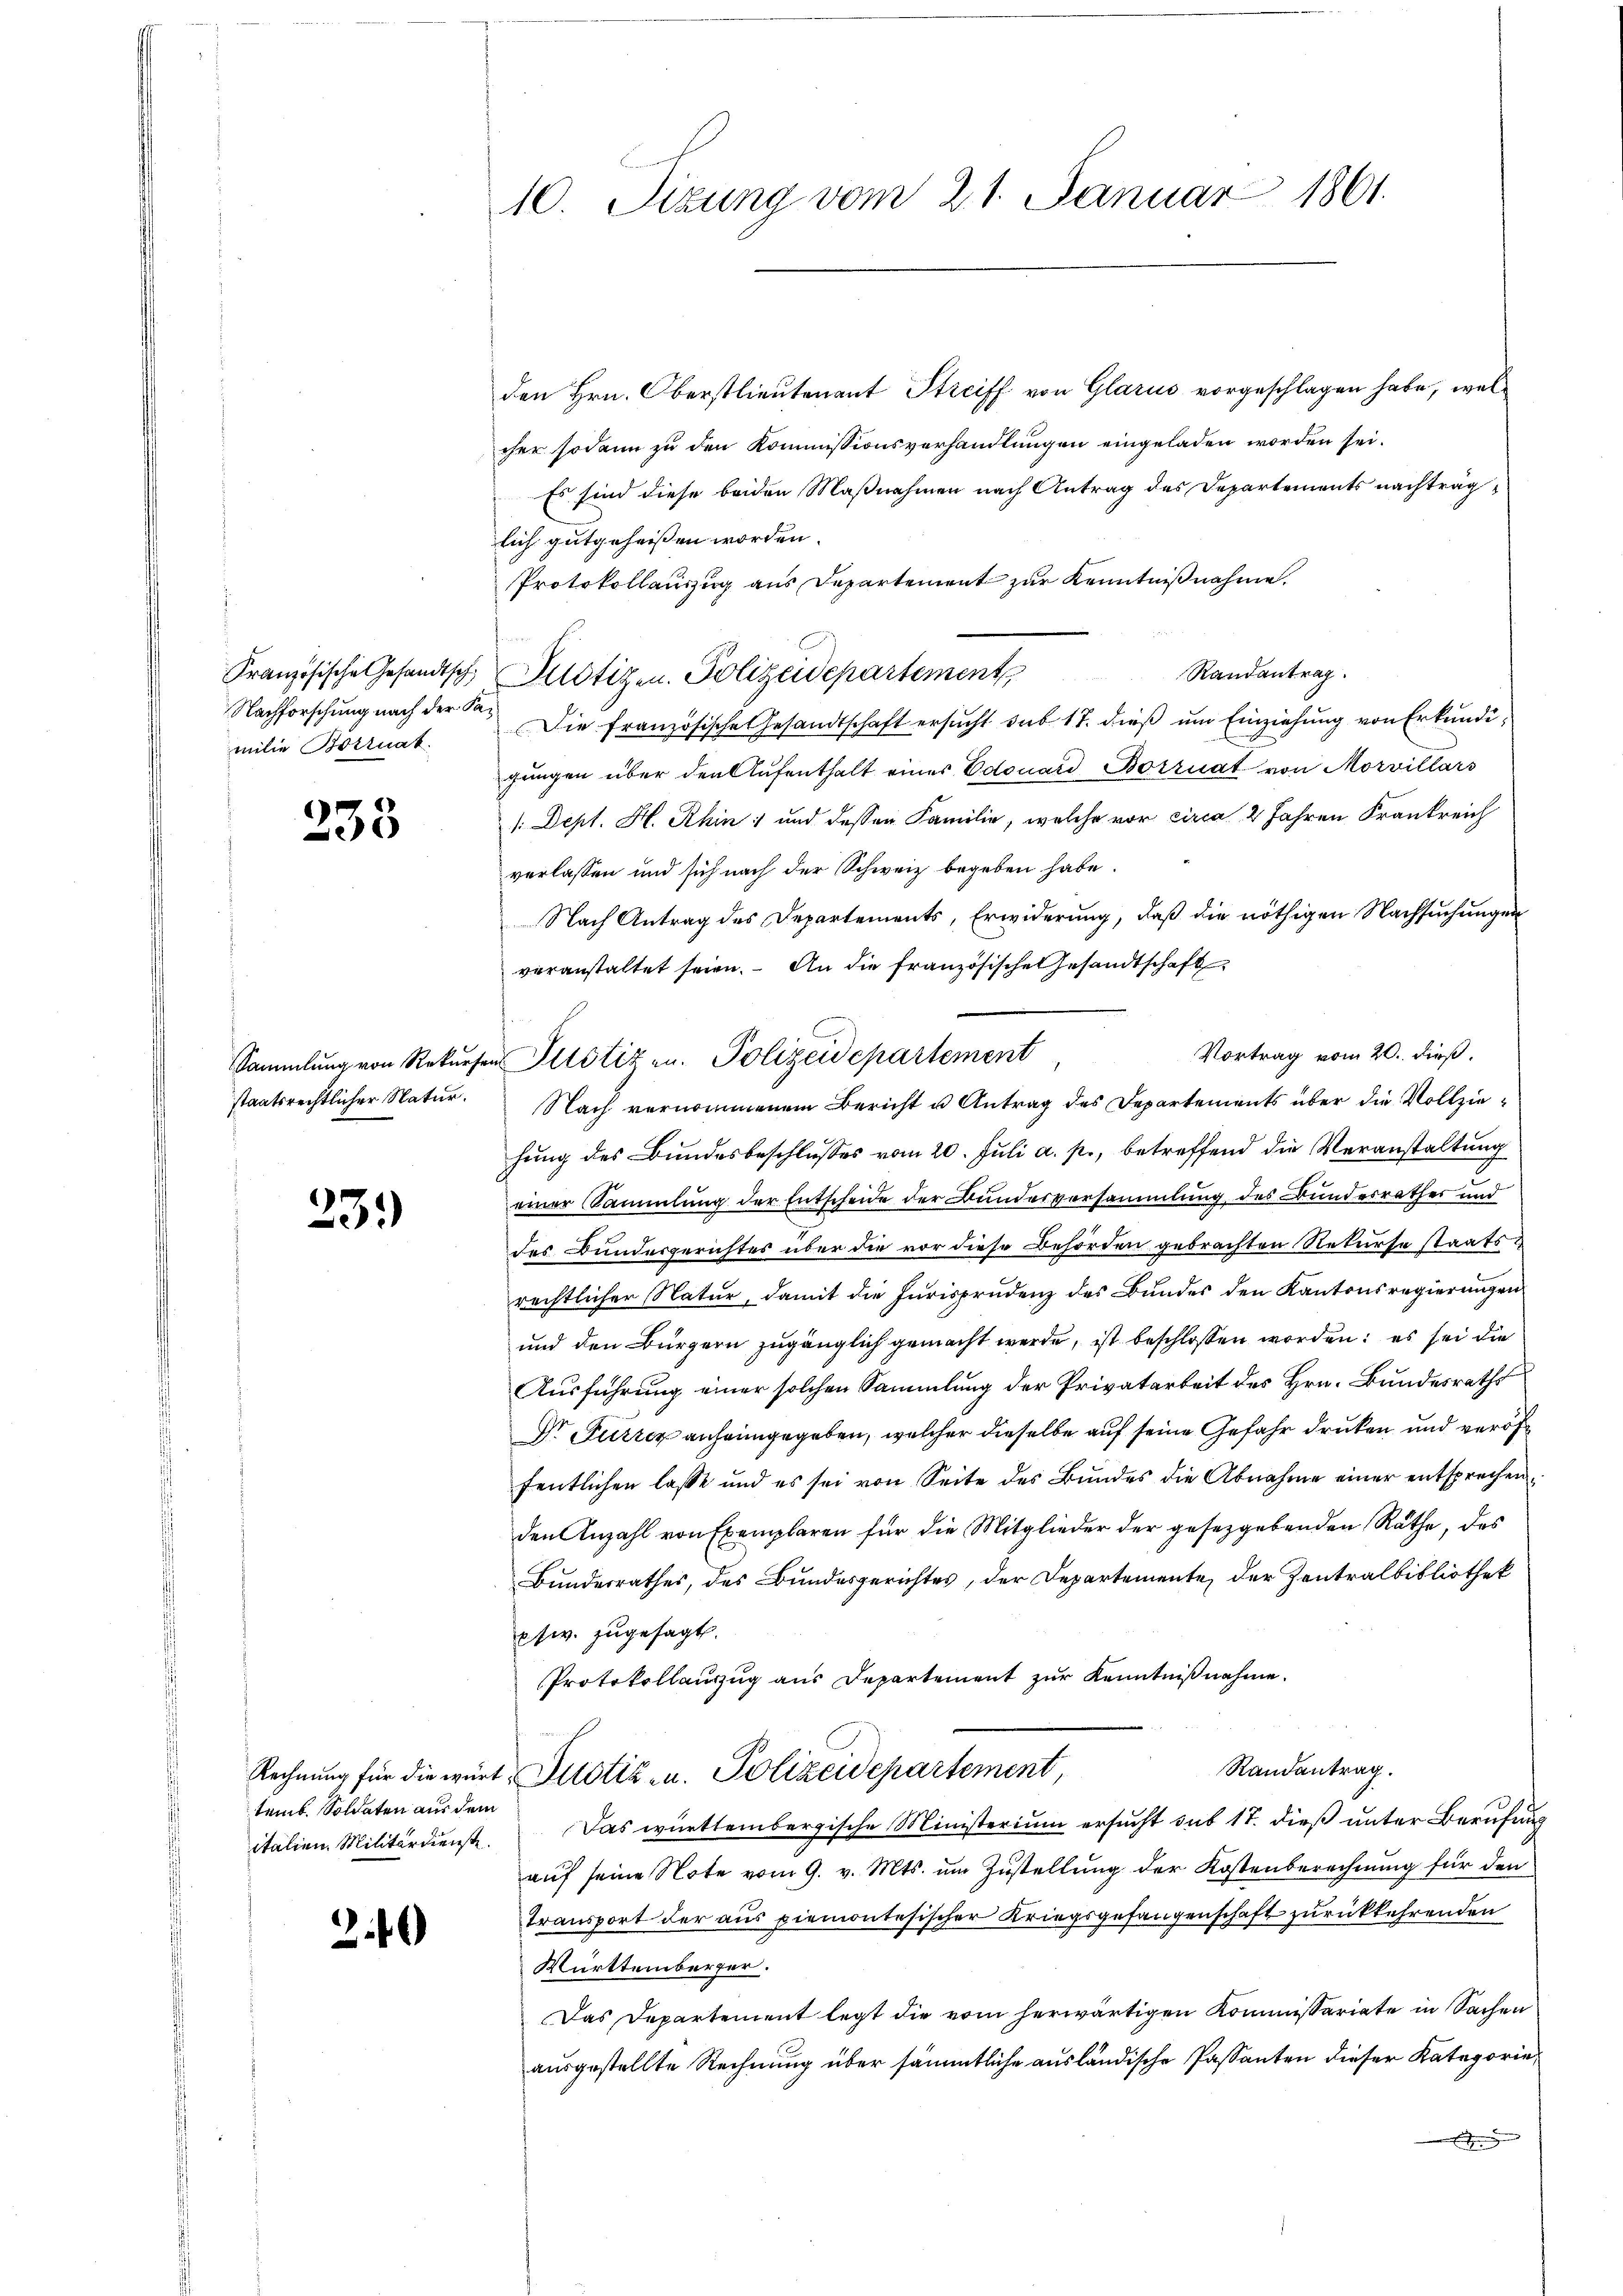
Nachforschung nach der Samilie Boernat.

97.
5

23.

temb. Soldaten aus dem

2.10

10. Sizung vom 21. Januar 1861.

den Hrn. Oberstlieutenant Streiff von Glarus vorgeschlagen habe, welcher sodann zu den Kommissionsverhandlungen eingeladen worden sei.
Es sind diese beiden Maßnahmen nach Antrag des Departements nachträg
lich gutgeheissen worden.
Protokollauszug aus Departement zur Kenntnißnahme.
Randantrag.
Die französische Gesandtschaft ersucht sub 17. dieß um Einziehung von Erkundigungen über den Aufenthalt eines Edouard Borruat von Morvillars
1. Dept. H. Rhin 1 und dessen Familie, welche vor circa 2 Jahren Frankreich
verlassen und sich nach der Schweiz begeben habe.
Nach Antrag des Departements, Erwiderung, daβ die nöthigen Nachsuchungen
veranstaltet seien. An die französische Gesandtschaft
hung des Bundesbeschlusses vom 20. Juli a. p., betreffend die Veranstaltung
einer Sammlung der Entscheide der Bundesversammlung des Bundesrathes und
des Bundesgerichtes über die vor diese Behörden gebrachten Rekurse staatsrechtlicher Natur, damit die Jurisprudenz des Bundes den Kantonsregierungen
und den Bürgern zugänglich gemacht werde, ist beschlossen worden; es sei die
Ausführung einer solchen Sammlung der Privatarbeit des Hrn. Bundesraths
Dr Furrer anheimgegeben, welcher dieselbe auf seine Gefahr drucken und veröf
fentlichen lasse und es sei von Seite des Bŭndes die Abnahme einer entsprechen.
den Anzahl von Exemplaren für die Mitglieder der gesetzgebenden Räthe, das
Bundesrathes, des Bundesgerichtes, der Departemente, der Zentralbibliothek
sw. zugesagt.
Protokollauszug aus Departement zur Kenntnißnahme.
Randantrag.
Rechnung für die würt Pilotiz - u. Polizeidepartement,
italien. Militärdienste. Das württembergische Ministerium ersucht sub 17. dieß unter Berufung
auf seine Note vom 9. v. Mts. um Zustellung der Kostenberechnung für den
Transport der aus piemontesischer Kriegsgefangenschaft zurückkehrenden
Württemberger.
Das Departement legt die vom herwärtigen Kommissariate in Sachen
ausgestellte Rechnung über sämmtliche ausländische Passanten dieser Kategorie

Französische Gesandtsch Pilotizen. Polizeidepartement

Sammlung von Rekursen Justiz an. Polizeidepartement
staatsrechtlicher Natur. Nach vernommenem Bericht u Antrag des Departements über die Vollzie¬

Vortrag vom 20. dieß.